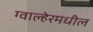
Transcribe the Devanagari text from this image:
ग्वाल्हेरमधील